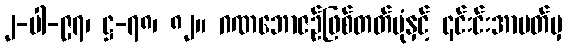
၂-ပါ-၉၇၊ ဋ္ဌ-၇၈၊ ၈၂။ ဂဏဘောဇဉ်ဖြစ်တတ်ပုံနှင့် ၎င်းင်းအာပတ်မှ